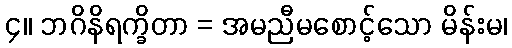
၄။ ဘဂိနိရက္ခိတာ = အမညီမစောင့်သော မိန်းမ၊